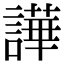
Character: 譁